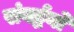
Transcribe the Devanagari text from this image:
संवर्द्धनों